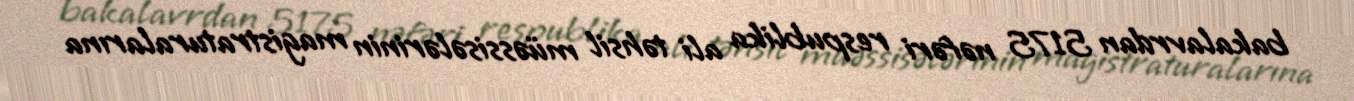
bakalavrdan 5175 nəfəri respublika ali təhsil müəssisələrinin magistraturalarına